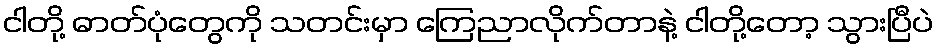
ငါတို့ ဓာတ်ပုံတွေကို သတင်းမှာ ကြေညာလိုက်တာနဲ့ ငါတို့တော့ သွားပြီပဲ